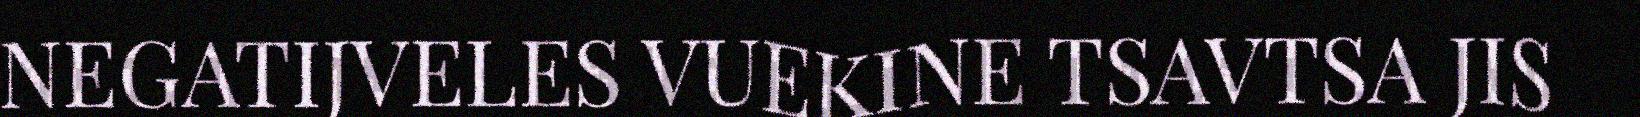
NEGATIJVELES VUEKINE TSAVTSA JIS